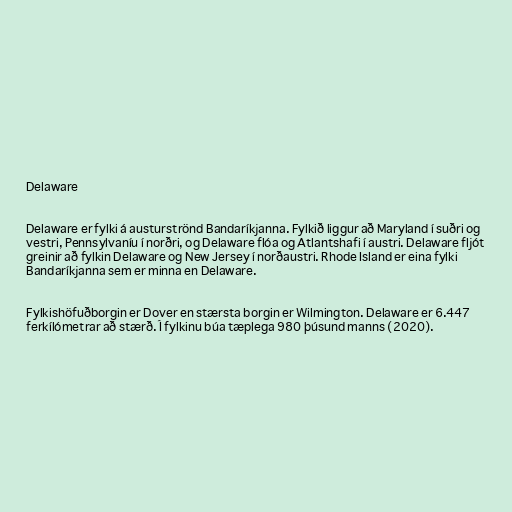
Delaware

Delaware er fylki á austurströnd Bandaríkjanna. Fylkið liggur að Maryland í suðri og
vestri, Pennsylvaníu í norðri, og Delaware flóa og Atlantshafi í austri. Delaware fljót
greinir að fylkin Delaware og New Jersey í norðaustri. Rhode Island er eina fylki
Bandaríkjanna sem er minna en Delaware.

Fylkishöfuðborgin er Dover en stærsta borgin er Wilmington. Delaware er 6.447
ferkílómetrar að stærð. Í fylkinu búa tæplega 980 þúsund manns (2020).